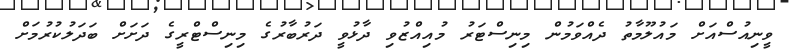
ވީނިއުސްއަށް މައުލޫމާތު ދެއްވަމުން މިނިސްޓަރު މުއިއްޒުވި ދާޅުވީ ދަރުބާރުގެ މިނިސްޓްރީގެ ދަށަށް ބަދަލުކުރުމަށް